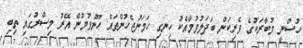
ހުސްނީ މުބާރަކުގެ ވެރިކަން ބަދަލުވުމާއެކު ހިނގި ހަމަނުޖެހުންތައް ހޫނުވުމުން އޭރު މިސްރުގައި ތިބި